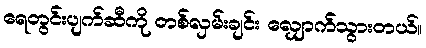
ရေတွင်းပျက်ဆီကို တစ်လှမ်းချင်း လျှောက်သွားတယ်။